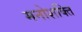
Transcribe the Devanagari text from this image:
मनोशक्ति